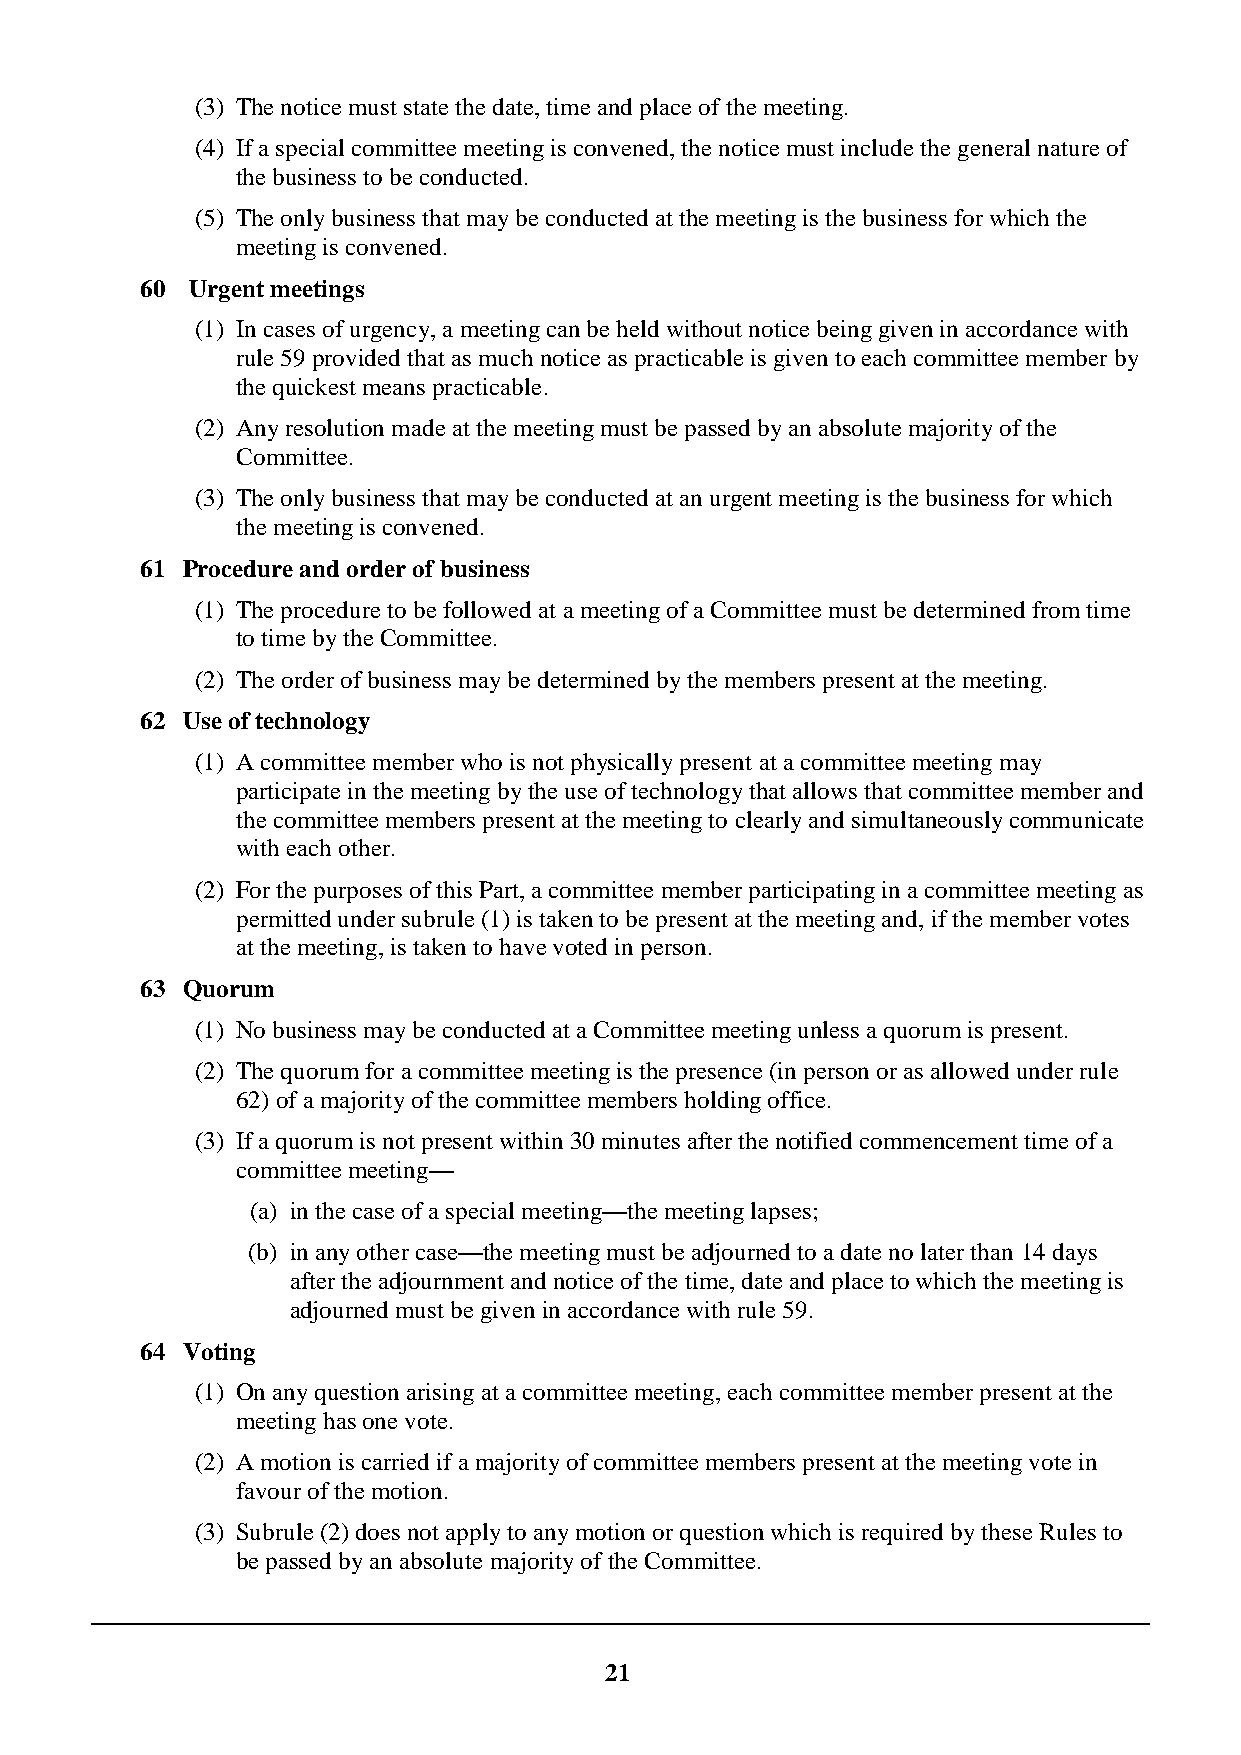
(3) The notice must state the date, time and place of the meeting.
 (4) If a special committee meeting is convened, the notice must include the general nature of
 the business to be conducted.
 (5) The only business that may be conducted at the meeting is the business for which the
 meeting is convened.
 60  Urgent meetings
 (1) In cases of urgency, a meeting can be held without notice being given in accordance with
 rule 59 provided that as much notice as practicable is given to each committee member by
 the quickest means practicable.
 (2) Any resolution made at the meeting must be passed by an absolute majority of the
 Committee.
 (3) The only business that may be conducted at an urgent meeting is the business for which
 the meeting is convened.
 61 Procedure and order of business
 (1) The procedure to be followed at a meeting of a Committee must be determined from time
 to time by the Committee.
 (2) The order of business may be determined by the members present at the meeting.
 62 Use of technology
 (1) A committee member who is not physically present at a committee meeting may
 participate in the meeting by the use of technology that allows that committee member and
 the committee members present at the meeting to clearly and simultaneously communicate
 with each other.
 (2) For the purposes of this Part, a committee member participating in a committee meeting as
 permitted under subrule (1) is taken to be present at the meeting and, if the member votes
 at the meeting, is taken to have voted in person.
 63 Quorum
 (1) No business may be conducted at a Committee meeting unless a quorum is present.
 (2) The quorum for a committee meeting is the presence (in person or as allowed under rule
 62) of a majority of the committee members holding office.
 (3) If a quorum is not present within 30 minutes after the notified commencement time of a
 committee meeting—
 (a) in the case of a special meeting—the meeting lapses;
 (b) in any other case—the meeting must be adjourned to a date no later than 14 days
 after the adjournment and notice of the time, date and place to which the meeting is
 adjourned must be given in accordance with rule 59.
 64 Voting
 (1) On any question arising at a committee meeting, each committee member present at the
 meeting has one vote.
 (2) A motion is carried if a majority of committee members present at the meeting vote in
 favour of the motion.
 (3) Subrule (2) does not apply to any motion or question which is required by these Rules to
 be passed by an absolute majority of the Committee.
 21